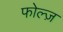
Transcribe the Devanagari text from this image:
फोल्ज़